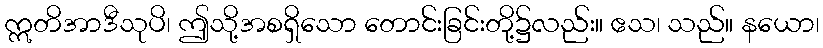
ဣတိအာဒီသုပိ၊ ဤသို့အစရှိသော တောင်းခြင်းတို့၌လည်း။ ဧသ၊ သည်။ နယော၊